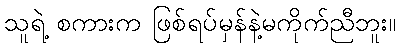
သူရဲ့ စကားက ဖြစ်ရပ်မှန်နဲ့မကိုက်ညီဘူး။